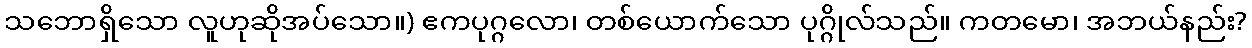
သဘောရှိသော လူဟုဆိုအပ်သော။) ဧကပုဂ္ဂလော၊ တစ်ယောက်သော ပုဂ္ဂိုလ်သည်။ ကတမော၊ အဘယ်နည်း?